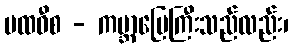
ပထဝီစ - ကမ္ဘာမြေကြီးသည်လည်း၊